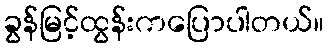
ခွန်မြင့်ထွန်းကပြောပါတယ်။